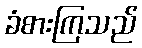
ခံစားကြသည်